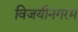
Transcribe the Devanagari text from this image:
विजयीनगरम